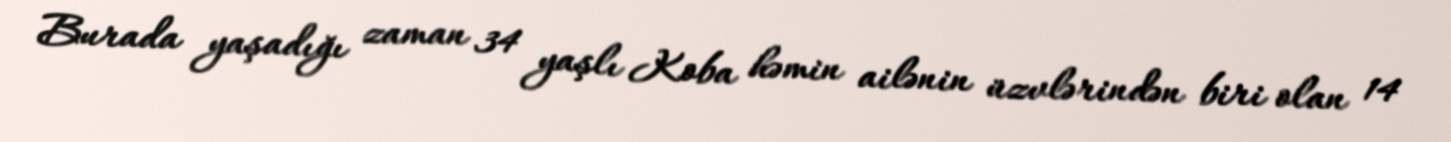
Burada yaşadığı zaman 34 yaşlı Koba həmin ailənin üzvlərindən biri olan 14